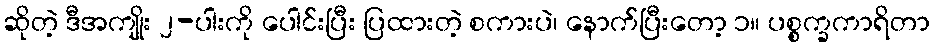
ဆိုတဲ့ ဒီအကျိုး ၂-ပါးကို ပေါင်းပြီး ပြထားတဲ့ စကားပဲ၊ နောက်ပြီးတော့ ၁။ ပစ္စက္ခကာရိတာ